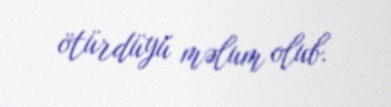
ötürdüyü məlum olub.